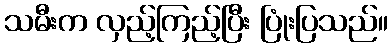
သမီးက လှည့်ကြည့်ပြီး ပြုံးပြသည်။